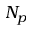
N _ { p }